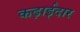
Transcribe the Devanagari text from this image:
कढ़ाईदार